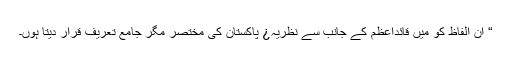
“ ان الفاظ کو میں قائداعظمؒ کے جانب سے نظریہ¿ پاکستان کی مختصر مگر جامع تعریف قرار دیتا ہوں۔